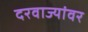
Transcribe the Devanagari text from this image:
दरवाज्यांवर